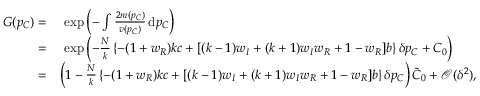
\begin{array} { r l } { G ( p _ { C } ) = } & { ~ \exp { \left( - \int { \frac { 2 m ( p _ { C } ) } { v ( p _ { C } ) } } \, \mathrm { d } p _ { C } \right) } } \\ { = } & { ~ \exp { \left( - \frac { N } { k } \left\{ - ( 1 + w _ { R } ) k c + [ ( k - 1 ) w _ { I } + ( k + 1 ) w _ { I } w _ { R } + 1 - w _ { R } ] b \right\} \delta p _ { C } + C _ { 0 } \right) } } \\ { = } & { \left( 1 - \frac { N } { k } \left\{ - ( 1 + w _ { R } ) k c + [ ( k - 1 ) w _ { I } + ( k + 1 ) w _ { I } w _ { R } + 1 - w _ { R } ] b \right\} \delta p _ { C } \right) \tilde { C } _ { 0 } + \mathcal { O } ( \delta ^ { 2 } ) , } \end{array}